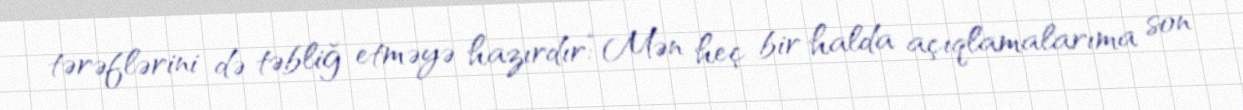
tərəflərini də təbliğ etməyə hazırdır:“Mən heç bir halda açıqlamalarıma son